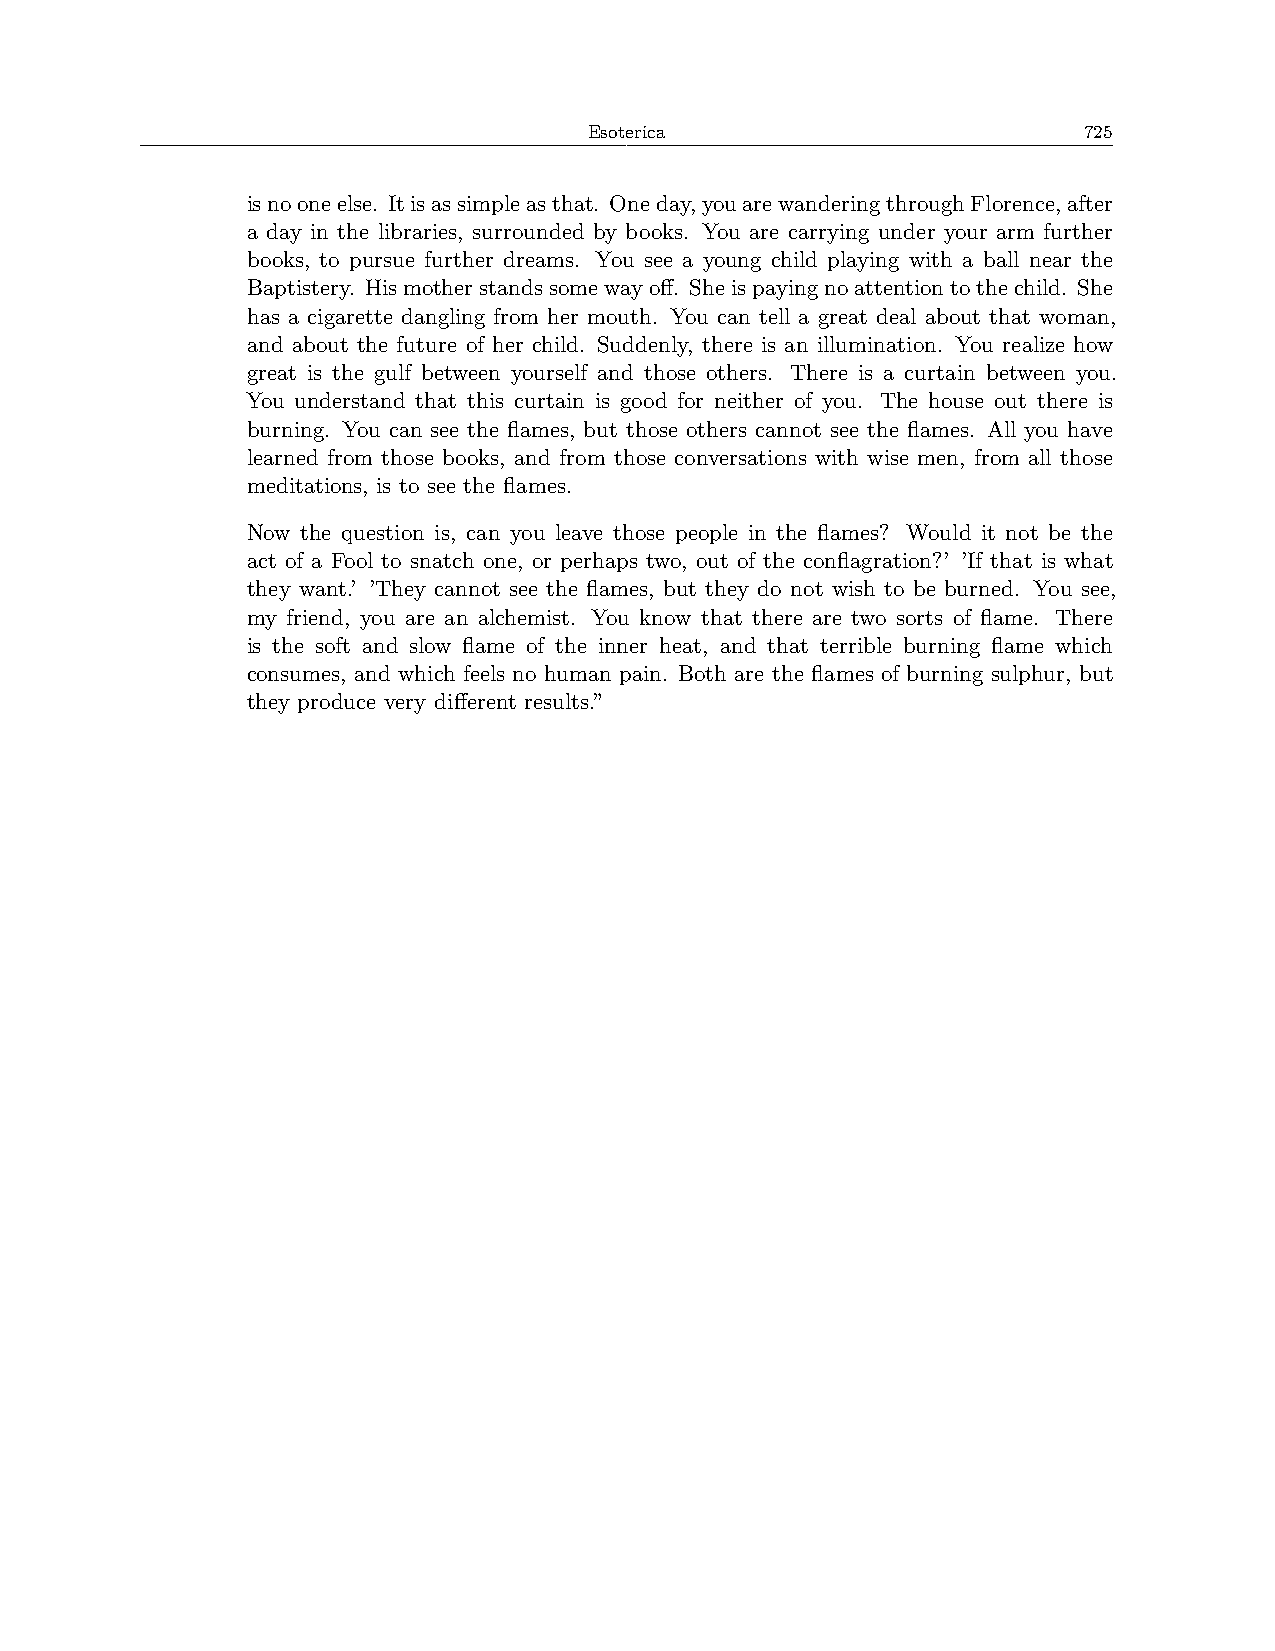
Esoterica                        725
 isnooneelse. Itisassimpleasthat. Oneday,youarewanderingthroughFlorence,after
 a day in the libraries, surrounded by books. You are carrying under your arm further
 books, to pursue further dreams. You see a young child playing with a ball near the
 Baptistery. Hismotherstandssomewayoff. Sheispayingnoattentiontothechild. She
 has a cigarette dangling from her mouth. You can tell a great deal about that woman,
 and about the future of her child. Suddenly, there is an illumination. You realize how
 great is the gulf between yourself and those others. There is a curtain between you.
 You understand that this curtain is good for neither of you. The house out there is
 burning. You can see the flames, but those others cannot see the flames. All you have
 learned from those books, and from those conversations with wise men, from all those
 meditations, is to see the flames.
 Now the question is, can you leave those people in the flames? Would it not be the
 act of a Fool to snatch one, or perhaps two, out of the conflagration?’ ’If that is what
 they want.’ ’They cannot see the flames, but they do not wish to be burned. You see,
 my friend, you are an alchemist. You know that there are two sorts of flame. There
 is the soft and slow flame of the inner heat, and that terrible burning flame which
 consumes, and which feels no human pain. Both are the flames of burning sulphur, but
 they produce very different results.”